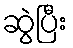
ဆွဲပြီး